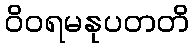
ဝိဝရမနုပတတိ